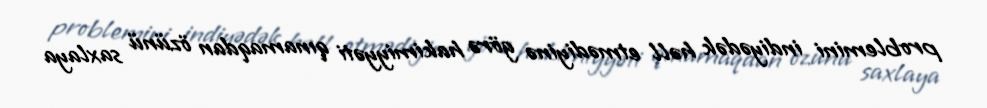
problemini indiyədək həll etmədiyinə görə hakimiyyəti qınamaqdan özünü saxlaya